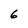
Character: 6